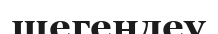
шегендеу